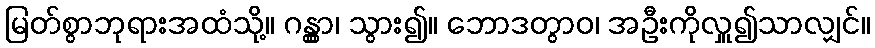
မြတ်စွာဘုရားအထံသို့။ ဂန္တွာ၊ သွား၍။ ဘောဒတွာဝ၊ အဦးကိုလှူ၍သာလျှင်။